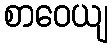
စာဝေယျ